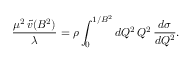
\frac { \mu ^ { 2 } \, \tilde { v } ( B ^ { 2 } ) } { \lambda } = \rho \int _ { 0 } ^ { 1 / B ^ { 2 } } d Q ^ { 2 } \, Q ^ { 2 } \, \frac { d \sigma } { d Q ^ { 2 } } .